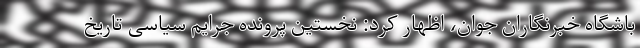
باشگاه خبرنگاران جوان، اظهار کرد: نخستین پرونده جرایم سیاسی تاریخ